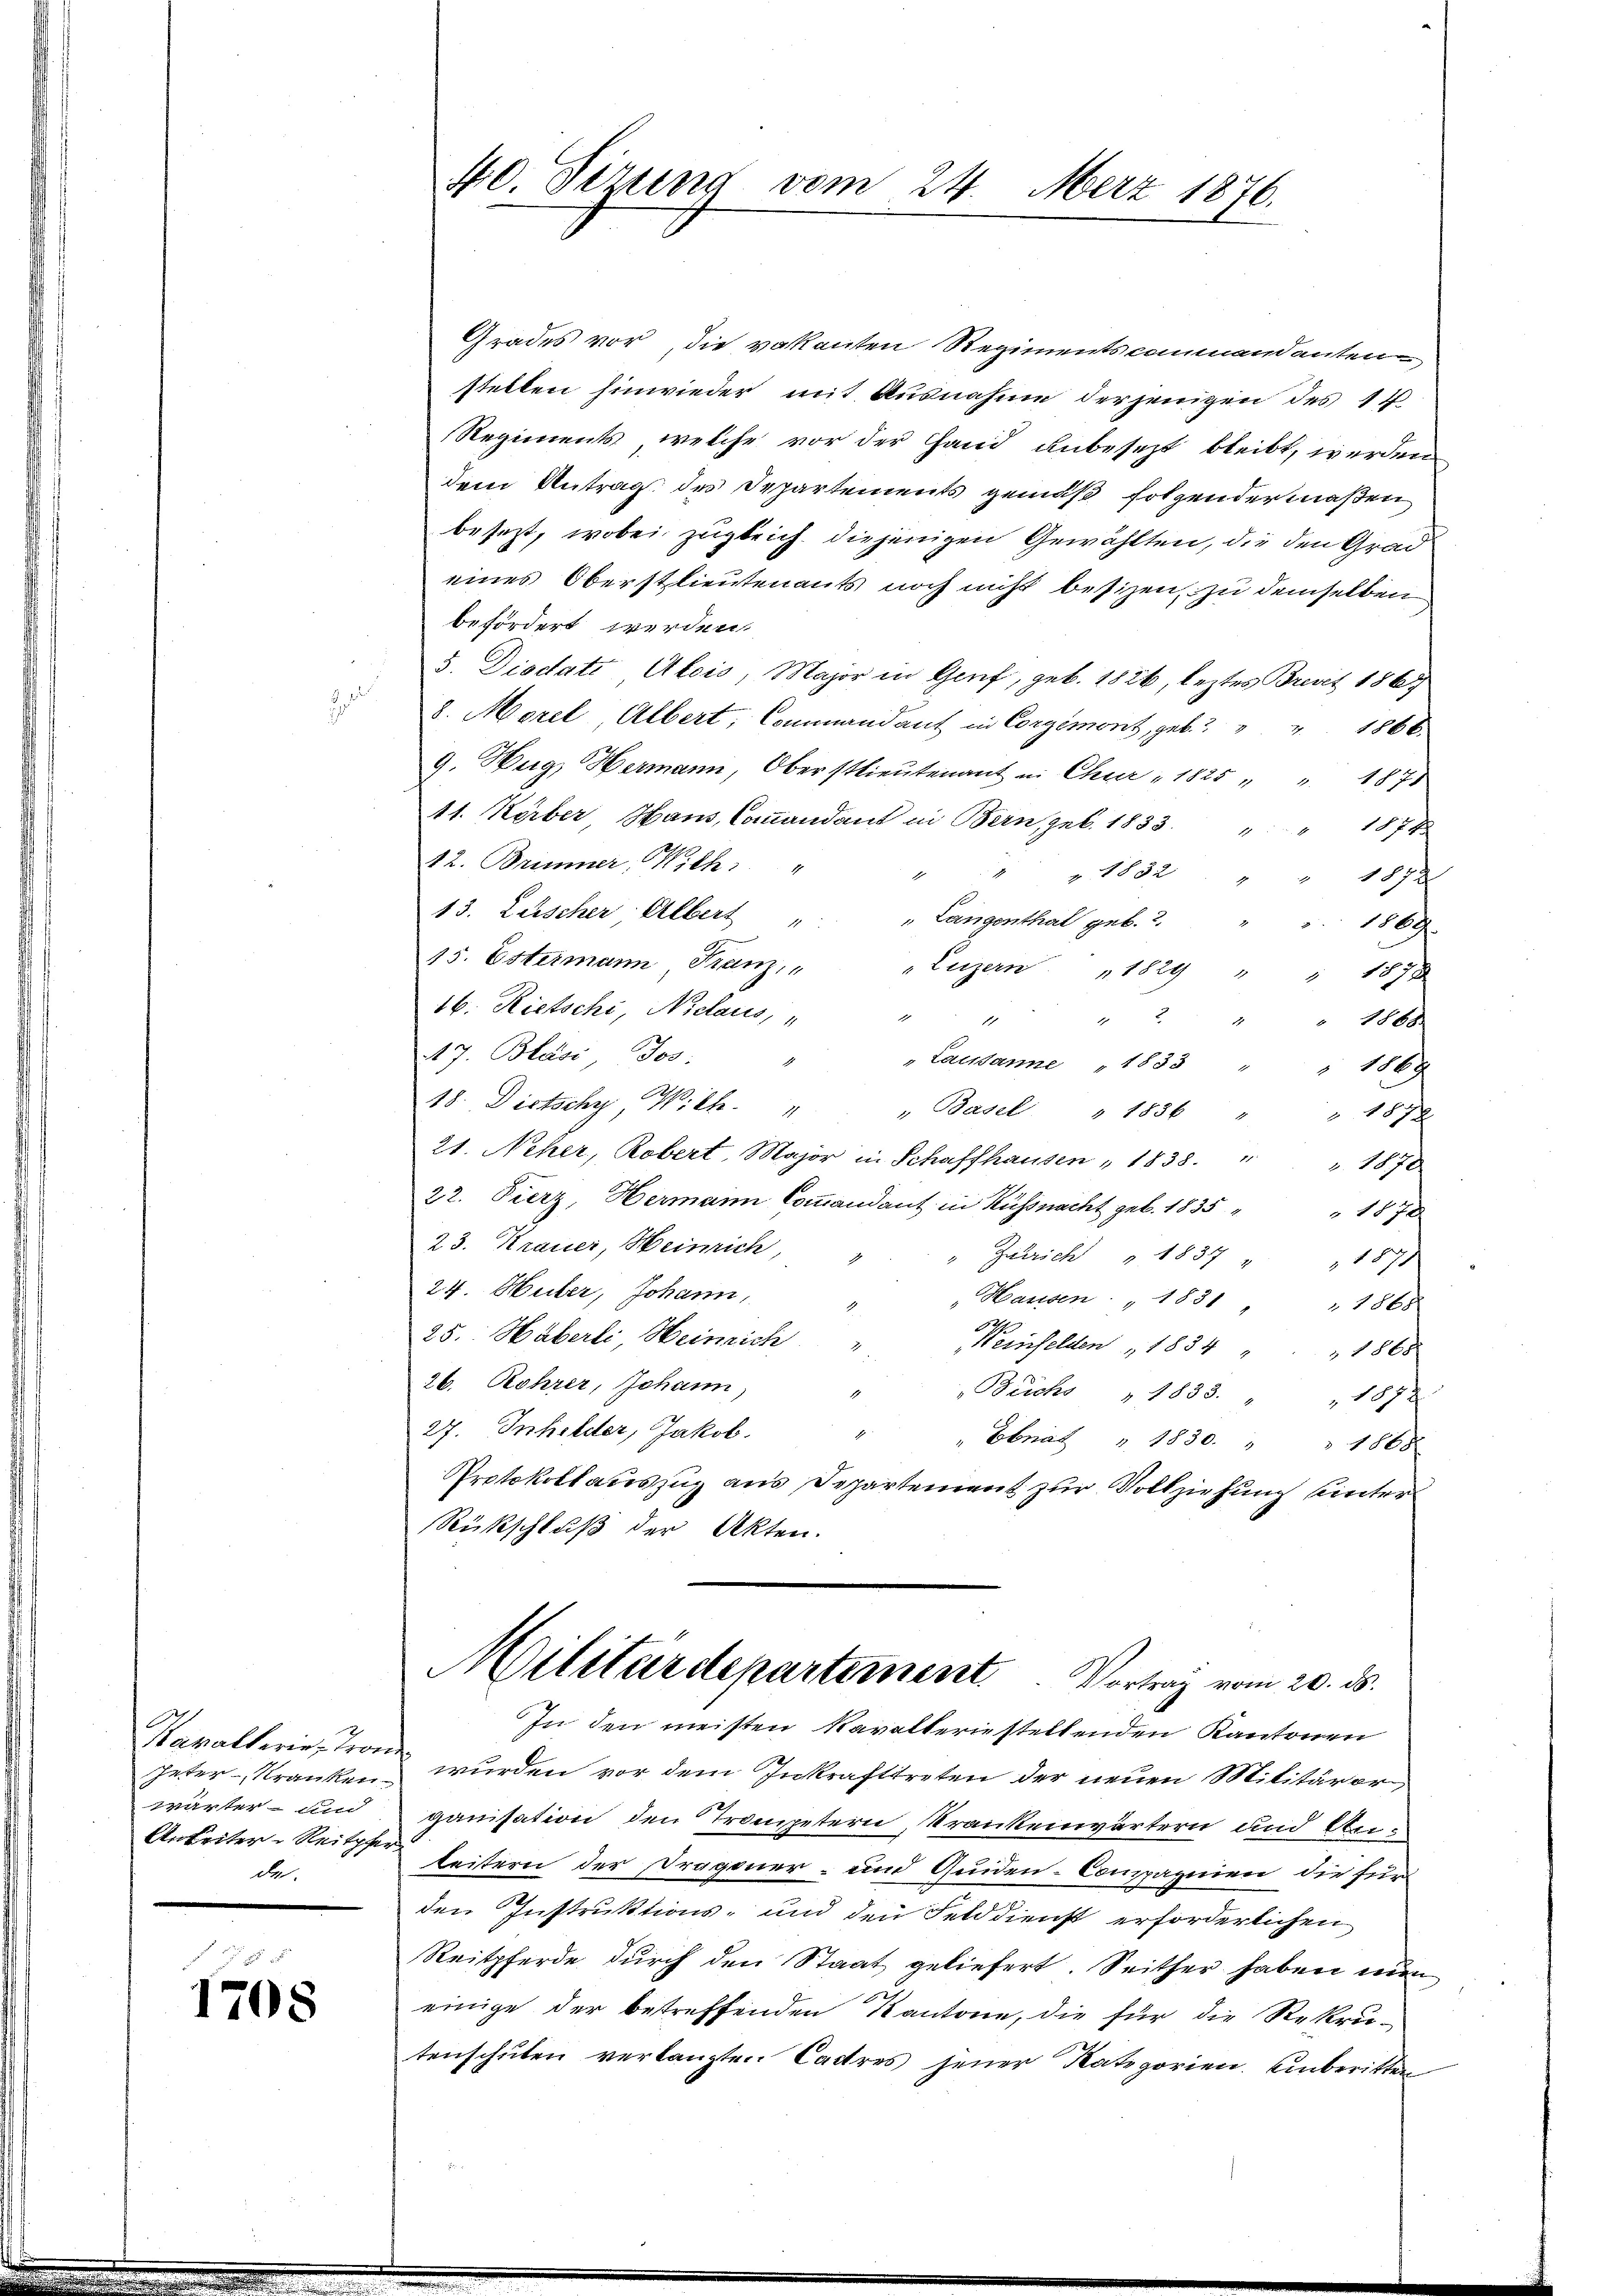
Kavallerie, von
wärter und
Ankeiter- Reitpfer
de.

1708

40. Firung vom 24. Merz 1876.

Grades vor, die vakanten Regimentscommandanten
stellen hinwieder mit Ausnahme derjenigen des 14
Regiments, welche vor der Hand unbesezt bleibt, werden
dem Antrag des Departements gemäß folgendermaßen
besezt, wobei zugleich diejenigen Gewählten, die den Grad
eines Oberstlieutenants noch nicht besizen, zu demselben
befördert werden.
5. Disetate Alois, Major in Genf, geb. 1826, leztes Brevet 1869
8. Morel Albert, Commandant in Corgémont, geb. " " 1866.
9. Herg, Hermann, Oberstlieutenant u. Chur " 1825 " " 1871
11. Körber, Hans, Coṁandant in Bern, geb. 1833. " " 1874
12. Brinner, ich
" " " 1832 " " 1872
13. Lüscher Albert "
" Langenthal geb. 2.
1804
15. Estermann, Franz, " " Luzern " 1829 " " 1878
16. Rietschi, Niclaus, " " " 2 " " 1888
47. Blasi, Jos.
"Lausanne " 1833 " " 1869
18. Dietschy, Wilh.
" Basel " 1836 " " 1872
21. Neher, Robert. Major in Schaffhausen " 1838. " " 1870
22. Fierz, Hermann Commandant in Küssnacht geb. 1835 " " 1870
23. Krauer, Heinrich,
Zürich " 1837 " " 1871
24. Huber, Johann,
Hausen. " 1831 " " 1868
2
25. Häberli, Heinrich
Weinfelden 1834 " " 1868
26. Rohrer, Johann,
Berchs " 1833. " " 1872
27. Inhilder, Jakob.
1
Hnat 1830 " " 1808
Protokollauszug aus Departement zur Vollziehung hinter
Rückschluß der Akten.
Militärdepartement. Vortrag vom 20. ds.
In den meisten Navolteriesteltenden Kantonen
Peter-Kranken wurden vor dem Inkrafttreten der neuen Militäror
ganisation den Trompetern, Krankenwärtern und Anleitern der Dragoner- und Quiden-Compagnien, die für
den Instruktions- und den Felddienst erforderlichen
Reitpferde durch den Staat geliefert. Seither haben man
einige der betreffenden Kantone, die für die Rekrutenschulen verlangten Cautres jener Kategorien. Einberitten